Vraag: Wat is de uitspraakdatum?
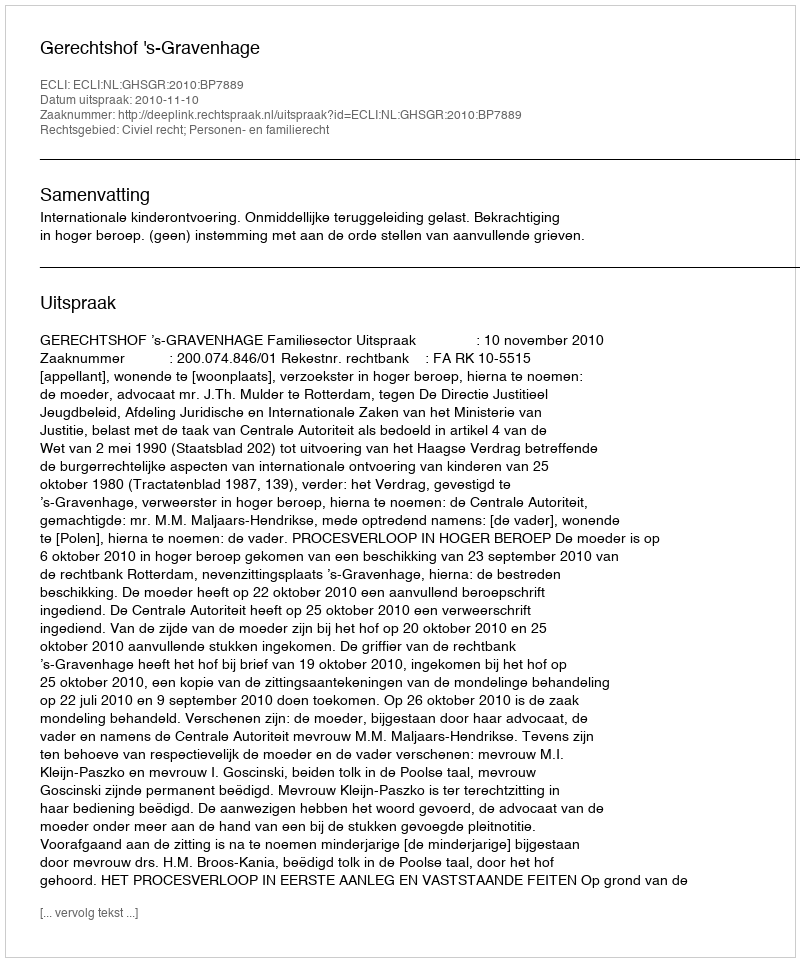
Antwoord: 2010-11-10